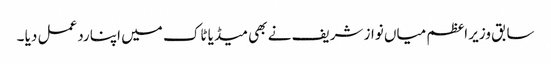
سابق وزیر اعظم میاں نواز شریف نے بھی میڈیا ٹاک میں اپنا ردعمل دیا ۔